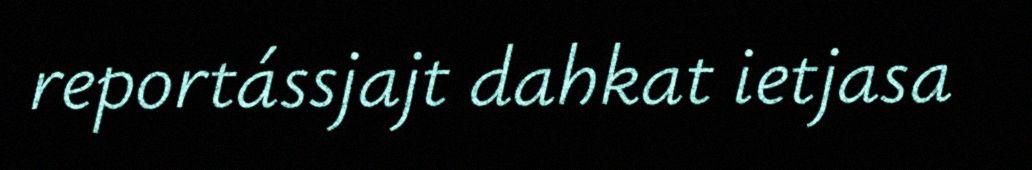
reportássjajt dahkat ietjasa